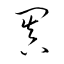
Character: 闐